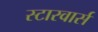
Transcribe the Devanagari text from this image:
स्टारवार्स